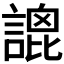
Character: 𧪫